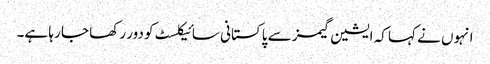
انہوں نے کہا کہ ایشین گیمز سے پاکستانی سائیکلسٹ کو دور رکھا جا رہا ہے۔